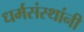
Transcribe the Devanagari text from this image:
धर्मसंस्थांनी